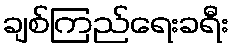
ချစ်ကြည်ရေးခရီး